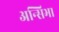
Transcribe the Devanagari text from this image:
अन्सिभा